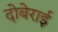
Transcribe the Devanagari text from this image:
दोबेराई